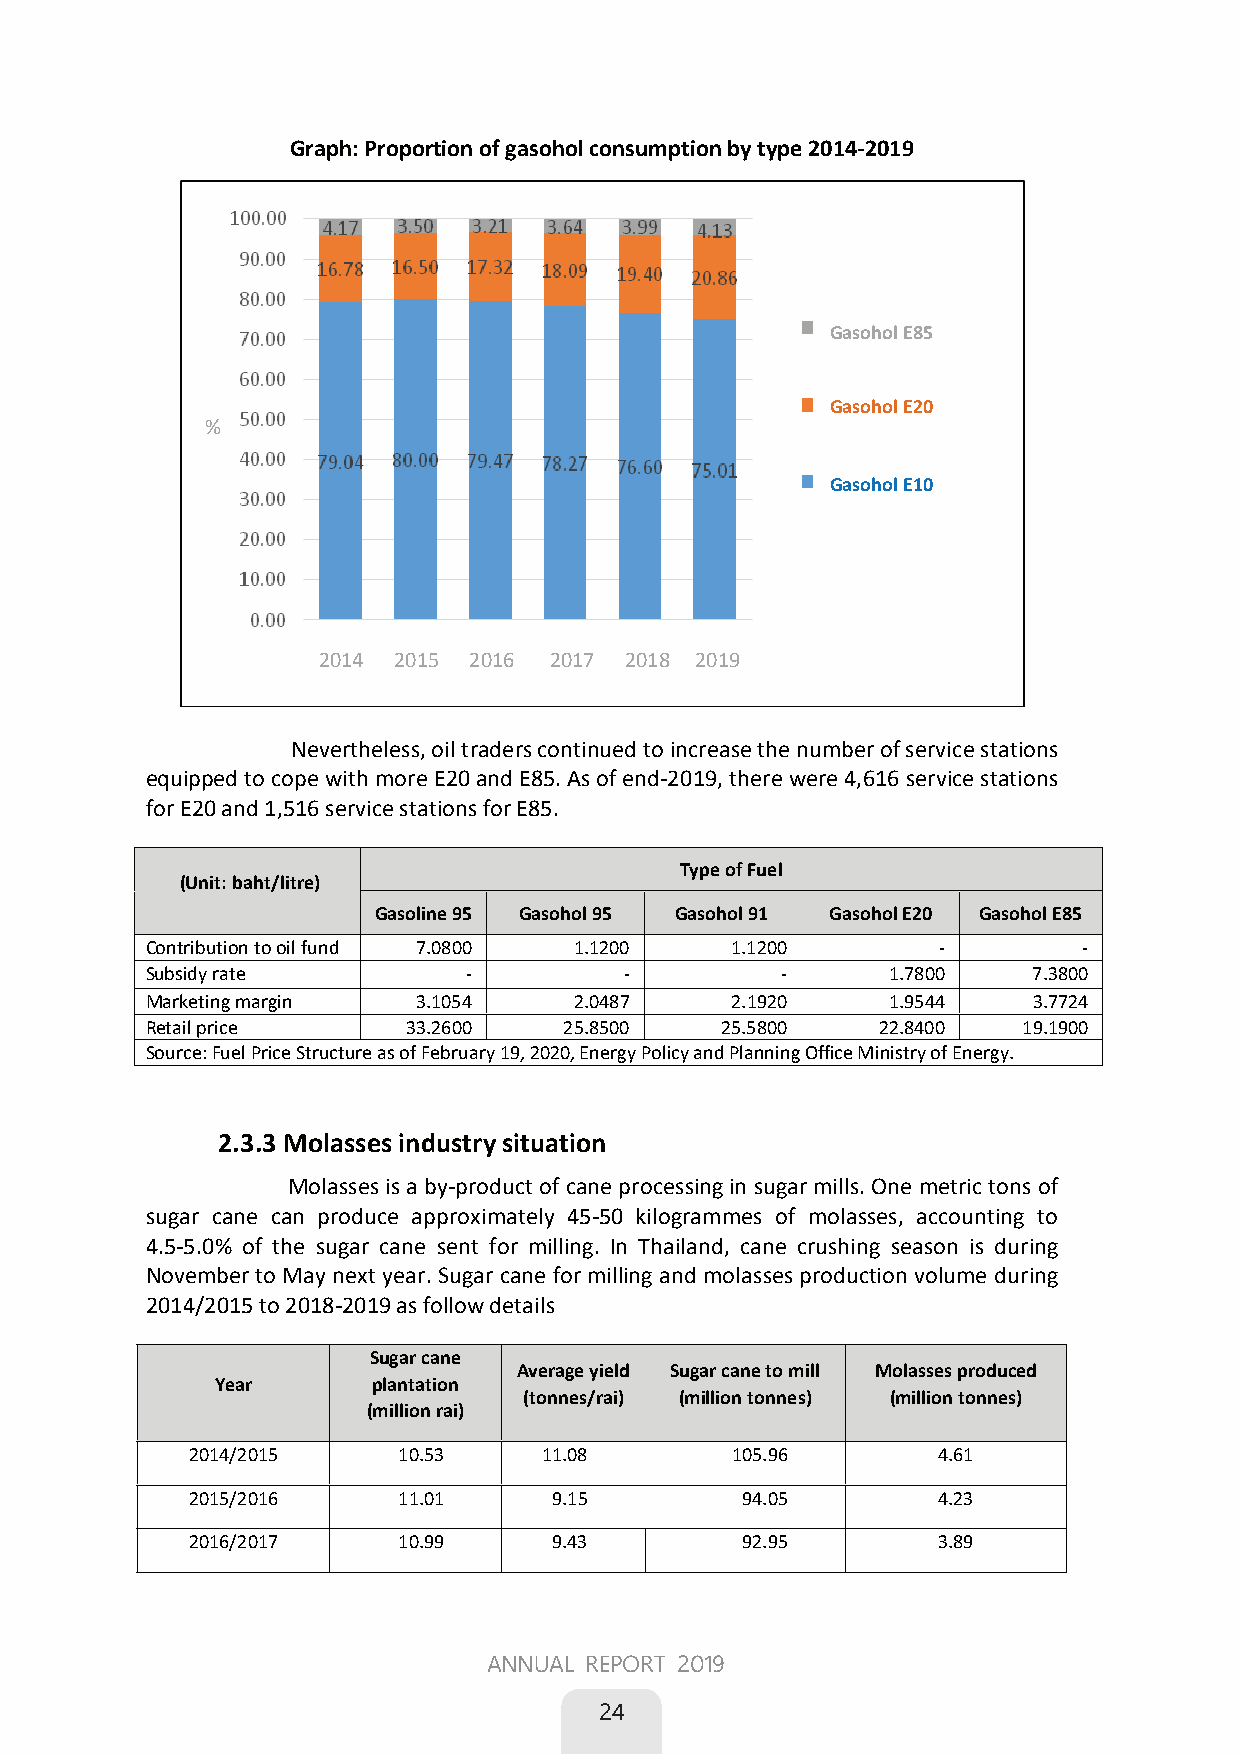
Graph: Proportion of gasohol consumption by type 2014-2019
 Gasohol E85
 Gasohol E20
 %
 %
 Gasohol E10
 2014 2015 2016 2017 2018 2019
 Nevertheless, oil traders continued to increase the number of service stations
 equipped to cope with more E20 and E85. As of end-2019, there were 4,616 service stations
 for E20 and 1,516 service stations for E85.
 Type of Fuel
 (Unit: baht/litre)
 Gasoline 95 Gasohol 95 Gasohol 91 Gasohol E20 Gasohol E85
 Contribution to oil fund 7.0800 1.1200 1.1200       -         -
 Subsidy rate         -         -          -      1.7800   7.3800
 Marketing margin  3.1054    2.0487    2.1920     1.9544   3.7724
 Retail price     33.2600   25.8500    25.5800   22.8400   19.1900
 Source: Fuel Price Structure as of February 19, 2020, Energy Policy and Planning Office Ministry of Energy.
 2.3.3 Molasses industry situation
 Molasses is a by-product of cane processing in sugar mills. One metric tons of
 sugar cane can produce approximately 45-50 kilogrammes of molasses, accounting to
 4.5-5.0% of the sugar cane sent for milling. In Thailand, cane crushing season is during
 November to May next year. Sugar cane for milling and molasses production volume during
 2014/2015 to 2018-2019 as follow details
 Sugar cane
 Average yield Sugar cane to mill Molasses produced
 Year       plantation
 (tonnes/rai) (million tonnes) (million tonnes)
 (million rai)
 2014/2015     10.53     11.08       105.96        4.61
 2015/2016     11.01      9.15        94.05        4.23
 2016/2017     10.99      9.43        92.95        3.89
 16
 ANNUAL REPORT 2019
 24